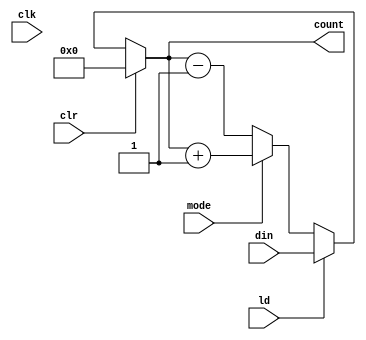
module updowncounter(din,ld,clk,mode,clr,count);

input ld,clr,clk,mode;
input [0:7]din;
output reg [0:7]count;

always @(*)
 begin
 if(clr) count<=0;
 else if(ld) count<=din;
 else if(mode) count<= count + 1;
 else count<= count -1;
 end
 endmodule